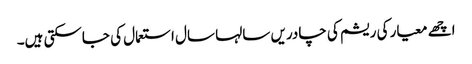
اچھے معیار کی ریشم کی چادریں سالہا سال استعمال کی جاسکتی ہیں۔